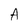
Character: A